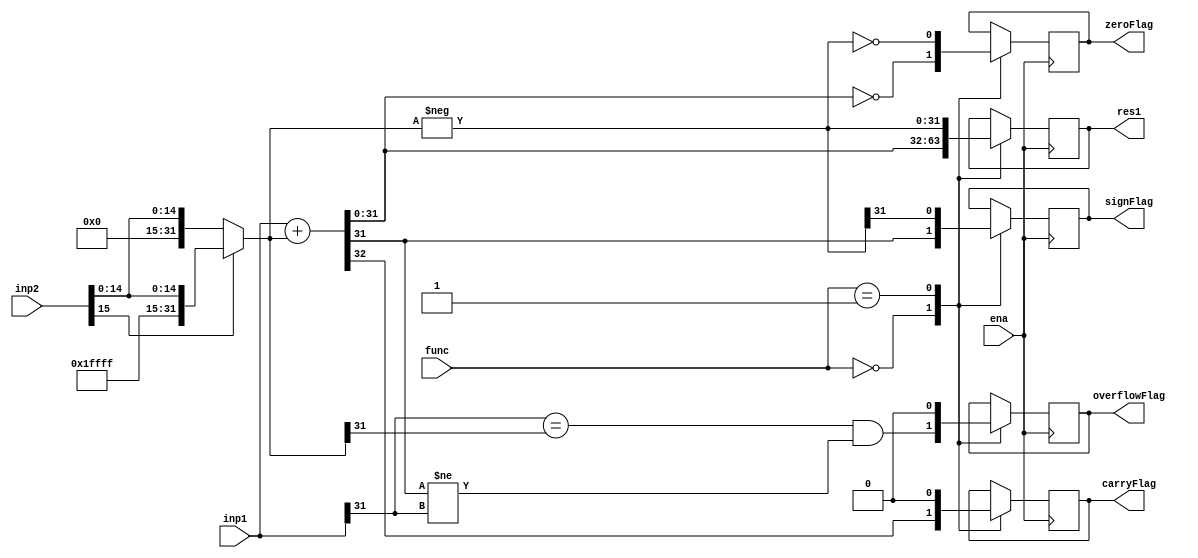
`timescale 1ns / 1ps
//////////////////////////////////////////////////////////////////////////////////
// Company: 
// Engineer: 
// 
// Design Name: 
// Module Name:    ALU_imm_unit 
// Project Name: 
// Target Devices: 
// Tool versions: 
// Description: 
//
// Dependencies: 
//
// Revision: 
// Revision 0.01 - File Created
// Additional Comments: 
//
//////////////////////////////////////////////////////////////////////////////////
module ALU_imm_unit(
		input [31:0] inp1, // Input 1
		input [15:0] inp2, // Input 2
		input [1:0] func, // Operation
		input ena, // Enable
		output reg [31:0] res1, // result
		output reg carryFlag, // Flags
		output reg signFlag,
		output reg overflowFlag,
		output reg zeroFlag
    );

	reg te;
	reg signed [31:0] temp;
	
	always @(posedge ena) begin
		// Different operations and flag assignation
		case(func) 
		
			// Add Immediate
			6'd0: begin
						// Sign Extension
						temp = inp2[15]? {16'b1111111111111111,inp2} : {16'b0,inp2};
						{te, res1} = inp1 + temp;
						zeroFlag = (res1 == 0);
						signFlag = res1[31];
						carryFlag = te;
						overflowFlag = ((inp1[31] == temp[31]) && (res1[31] != inp1[31]));
					end
			
			// 2's Complement Immediate
			6'd1: begin
						// Sign Extension
						temp = inp2[15]? {16'b1111111111111111,inp2} : {16'b0,inp2};
						res1 = -temp;
						overflowFlag = 0;
						zeroFlag = (res1 == 0);
						signFlag = res1[31];
						carryFlag = 0;
					end
		endcase
	end
endmodule